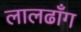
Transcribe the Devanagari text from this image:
लालढाँग